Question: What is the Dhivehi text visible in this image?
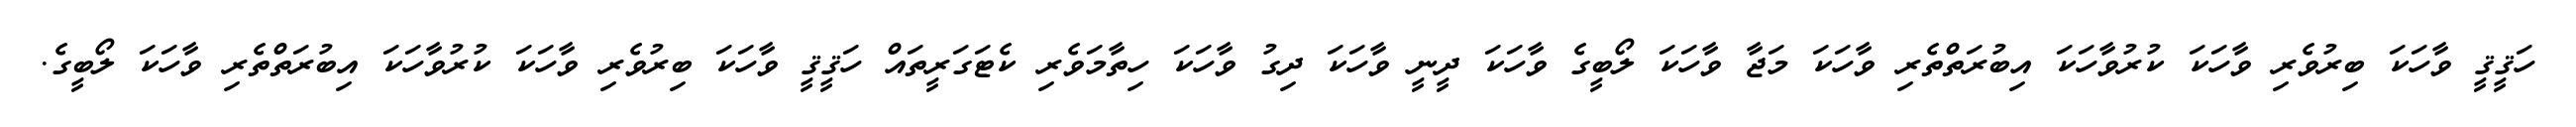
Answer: ހަޤީޤީ ވާހަކަ ބިރުވެރި ވާހަކަ ކުރުވާހަކަ އިބުރަތްތެރި ވާހަކަ މަޖާ ވާހަކަ ލޯބީގެ ވާހަކަ ދީނީ ވާހަކަ ދިގު ވާހަކަ ހިތާމަވެރި ކެޓަގަރީތައް ހަޤީޤީ ވާހަކަ ބިރުވެރި ވާހަކަ ކުރުވާހަކަ އިބުރަތްތެރި ވާހަކަ ލޯބީގެ.